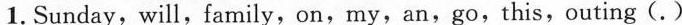
1. Sunday, will,family,on,my,an,go,this,outing (.)